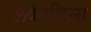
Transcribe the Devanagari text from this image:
लैवेनडिन्स